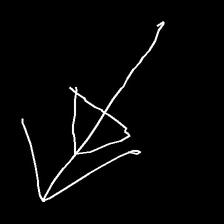
Glyph: pull